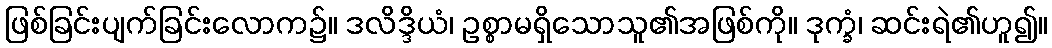
ဖြစ်ခြင်းပျက်ခြင်းလောက၌။ ဒလိဒ္ဒိယံ၊ ဥစ္စာမရှိသောသူ၏အဖြစ်ကို။ ဒုက္ခံ၊ ဆင်းရဲ၏ဟူ၍။